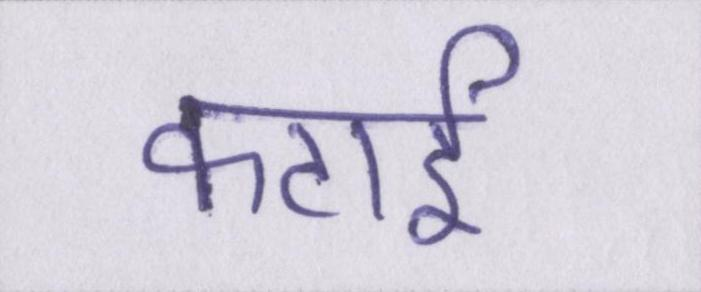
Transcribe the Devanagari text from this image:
कटाई